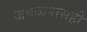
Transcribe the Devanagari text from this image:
जवळपासही